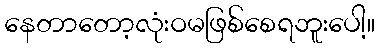
နေတာတော့လုံးဝမဖြစ်စေရဘူးပေါ့။